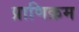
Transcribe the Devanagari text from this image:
प्राणिक्रम